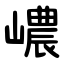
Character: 嶩